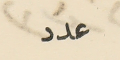
عدد